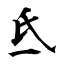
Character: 氐